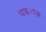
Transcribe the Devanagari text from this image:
पाया।एक